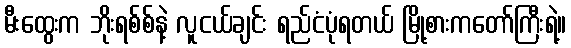
မီးထွေးက ဘိုးရစ်စ်နဲ့ လူငယ်ချင်း ရည်ငံပုံရတယ် မြို့စားကတော်ကြီးရဲ့။